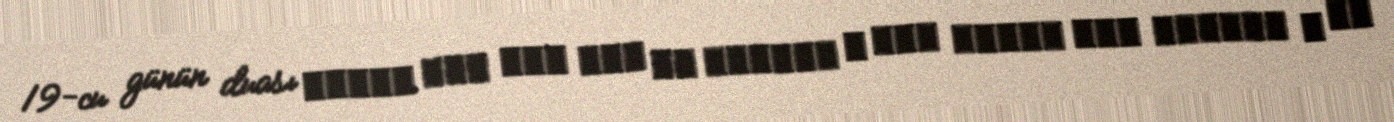
19-cu günün duası اللهم وفر فيه حظى من بركاته و سهل سبيلي إلى خيراته و لا